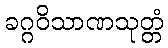
ခဂ္ဂဝိသာဏသုတ္တံ